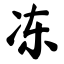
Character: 冻